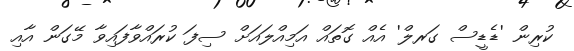
ކުރިން 'ޑެޑީސް ގަރލް' އެއް ގޮތައް އަމިއްލައަށް ސިފަ ކުރައްވާފައިވާ މޭގަން އާއި